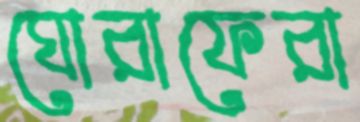
ঘোরাফেরা